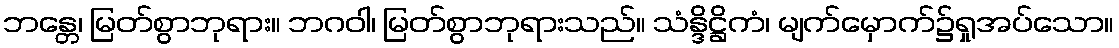
ဘန္တေ၊ မြတ်စွာဘုရား။ ဘဂဝါ၊ မြတ်စွာဘုရားသည်။ သံန္ဒိဋ္ဌိကံ၊ မျက်မှောက်၌ရှုအပ်သော။